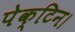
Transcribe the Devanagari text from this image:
पेक्टिन।